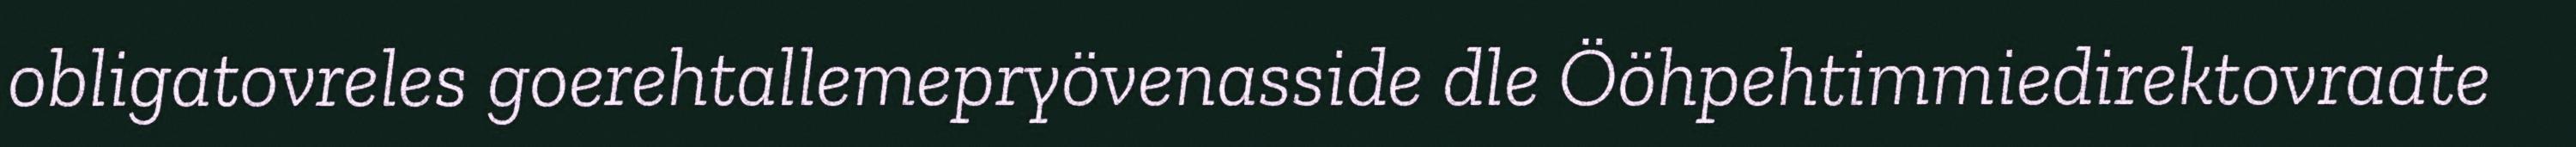
obligatovreles goerehtallemepryövenasside dle Ööhpehtimmiedirektovraate